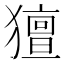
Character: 𤢏